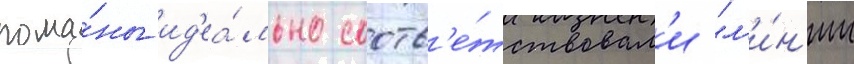
рома́ны ид'еа́льно соотв'е́тствовал'и "л'и́н'ии